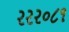
રરર૦૮૧